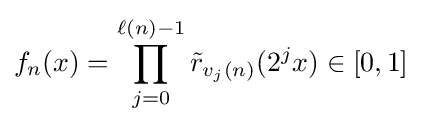
f_{n}(x)=\prod _{j=0}^{\ell (n)-1}{\tilde {r}}_{v_{j}(n)}(2^{j}x)\in [0,1]